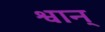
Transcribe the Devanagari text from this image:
श्वान्